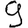
Digit: 9